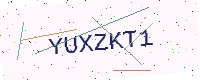
Text: YUXZKT1